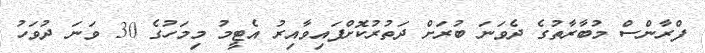
ފްރާންސް މުބާރާތުގެ ދެވަނަ ބުރަށް ދަތުރުކޮށްފައިވާއިރު އެޓީމު މިމަހުގެ 30 ވަނަ ދުވަހު